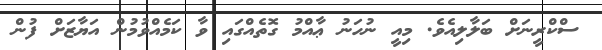
ސްކްރީނަށް ބަލާލިއެވެ. މިއީ ނުހަނު ޢާއްމު ގޮތެއްގައި ވާ ކަމެއްވުމުން އަޔާޒަށް ފުން